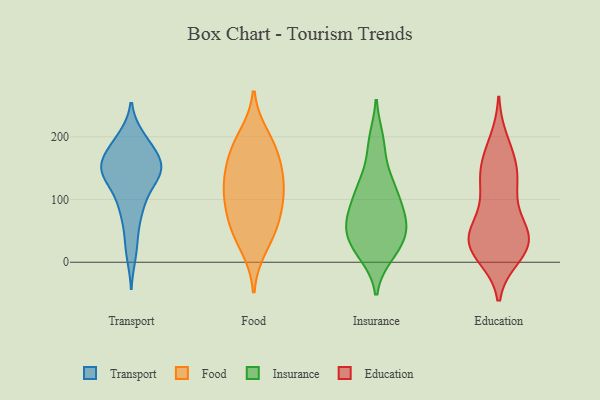
{"axis": {"x": "Page Views", "y": "Value"}, "legend": ["Education", "Food", "Insurance", "Transport"], "data": [{"x": "", "y": 151, "type": "Transport"}, {"x": "", "y": 158, "type": "Transport"}, {"x": "", "y": 199, "type": "Transport"}, {"x": "", "y": 131, "type": "Transport"}, {"x": "", "y": 39, "type": "Transport"}, {"x": "", "y": 163, "type": "Transport"}, {"x": "", "y": 11, "type": "Transport"}, {"x": "", "y": 74, "type": "Transport"}, {"x": "", "y": 200, "type": "Transport"}, {"x": "", "y": 132, "type": "Transport"}, {"x": "", "y": 184, "type": "Transport"}, {"x": "", "y": 155, "type": "Transport"}, {"x": "", "y": 92, "type": "Transport"}, {"x": "", "y": 135, "type": "Transport"}, {"x": "", "y": 125, "type": "Transport"}, {"x": "", "y": 180, "type": "Transport"}, {"x": "", "y": 153, "type": "Transport"}, {"x": "", "y": 152, "type": "Transport"}, {"x": "", "y": 90, "type": "Transport"}, {"x": "", "y": 24, "type": "Food"}, {"x": "", "y": 118, "type": "Food"}, {"x": "", "y": 150, "type": "Food"}, {"x": "", "y": 103, "type": "Food"}, {"x": "", "y": 50, "type": "Food"}, {"x": "", "y": 177, "type": "Food"}, {"x": "", "y": 67, "type": "Food"}, {"x": "", "y": 200, "type": "Food"}, {"x": "", "y": 67, "type": "Food"}, {"x": "", "y": 134, "type": "Food"}, {"x": "", "y": 181, "type": "Food"}, {"x": "", "y": 112, "type": "Food"}, {"x": "", "y": 63, "type": "Insurance"}, {"x": "", "y": 63, "type": "Insurance"}, {"x": "", "y": 66, "type": "Insurance"}, {"x": "", "y": 17, "type": "Insurance"}, {"x": "", "y": 110, "type": "Insurance"}, {"x": "", "y": 38, "type": "Insurance"}, {"x": "", "y": 12, "type": "Insurance"}, {"x": "", "y": 63, "type": "Insurance"}, {"x": "", "y": 18, "type": "Insurance"}, {"x": "", "y": 188, "type": "Insurance"}, {"x": "", "y": 195, "type": "Insurance"}, {"x": "", "y": 105, "type": "Insurance"}, {"x": "", "y": 79, "type": "Insurance"}, {"x": "", "y": 139, "type": "Insurance"}, {"x": "", "y": 127, "type": "Insurance"}, {"x": "", "y": 107, "type": "Insurance"}, {"x": "", "y": 48, "type": "Insurance"}, {"x": "", "y": 35, "type": "Insurance"}, {"x": "", "y": 25, "type": "Education"}, {"x": "", "y": 128, "type": "Education"}, {"x": "", "y": 25, "type": "Education"}, {"x": "", "y": 128, "type": "Education"}, {"x": "", "y": 192, "type": "Education"}, {"x": "", "y": 39, "type": "Education"}, {"x": "", "y": 11, "type": "Education"}, {"x": "", "y": 78, "type": "Education"}, {"x": "", "y": 20, "type": "Education"}, {"x": "", "y": 142, "type": "Education"}, {"x": "", "y": 34, "type": "Education"}, {"x": "", "y": 40, "type": "Education"}, {"x": "", "y": 24, "type": "Education"}, {"x": "", "y": 48, "type": "Education"}, {"x": "", "y": 65, "type": "Education"}, {"x": "", "y": 174, "type": "Education"}, {"x": "", "y": 160, "type": "Education"}, {"x": "", "y": 121, "type": "Education"}]}